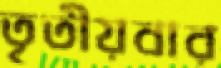
তৃতীয়বার